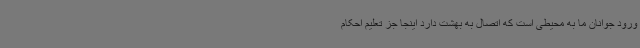
ورود جوانان ما به محیطی است که اتصال به بهشت دارد اینجا جز تعلیم احکام